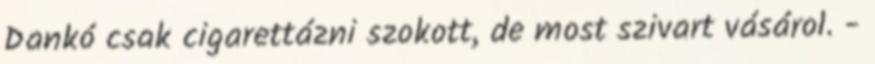
Dankó csak cigarettázni szokott, de most szivart vásárol. -